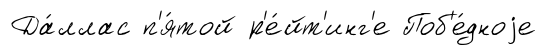
Да́ллас п'я́той р'е́йт'инг'е Поб'е́дноjе